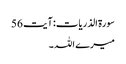
سورۃ الذریات: آیت 56
میرے اللہ ۔